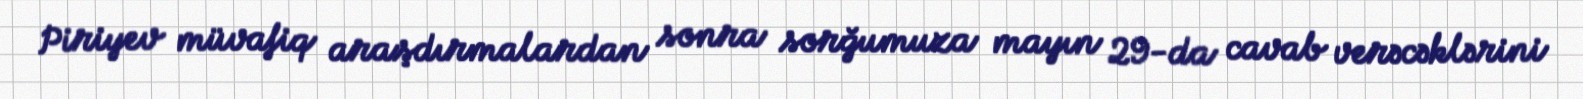
Piriyev müvafiq araşdırmalardan sonra sorğumuza mayın 29-da cavab verəcəklərini